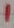
Text: 1